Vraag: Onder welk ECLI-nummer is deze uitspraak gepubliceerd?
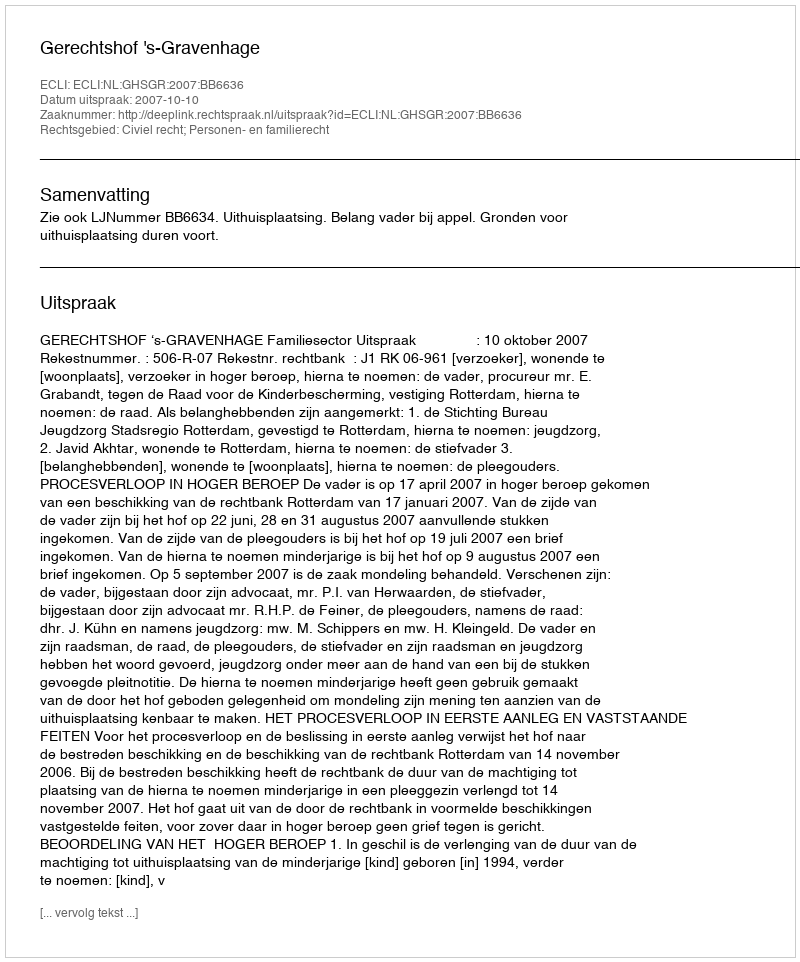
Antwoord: ECLI:NL:GHSGR:2007:BB6636